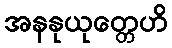
အနနုယုတ္တေဟိ